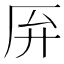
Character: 𫨄